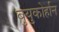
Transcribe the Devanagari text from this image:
बुयुकोर्हान